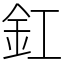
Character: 釭